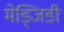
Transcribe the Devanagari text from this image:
मेड्जिडी